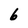
Character: b